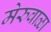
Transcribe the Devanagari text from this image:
मेरुवाळा